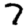
Digit: 7